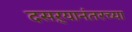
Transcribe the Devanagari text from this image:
दसऱ्यानंतरच्या